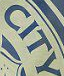
CITY